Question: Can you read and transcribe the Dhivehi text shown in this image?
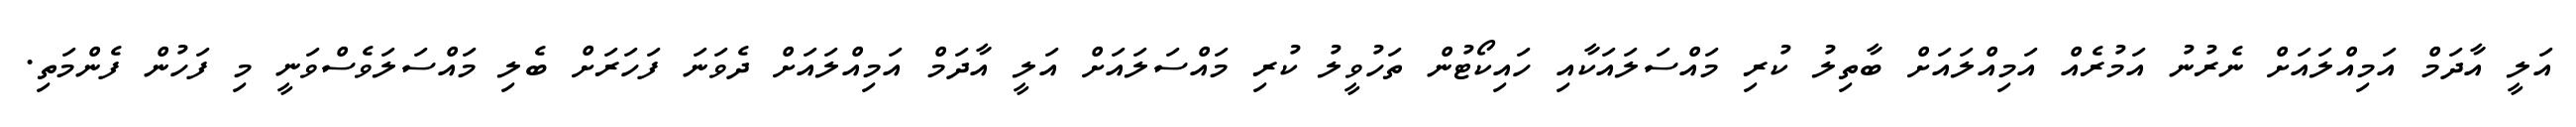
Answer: އަލީ އާދަމް އަމިއްލައަށް ނެރުނު އަމުރެއް އަމިއްލައަށް ބާތިލު ކުރި މައްސަލައަކާއި ހައިކޯޓުން ތަހުވީލު ކުރި މައްސަލައަށް އަލީ އާދަމް އަމިއްލައަށް ދެވަނަ ފަހަރަށް ބެލި މައްސަލަވެސްވަނީ މި ފަހުން ފެންމަތި.